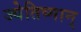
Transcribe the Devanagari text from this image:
ज्येतिष्मान्